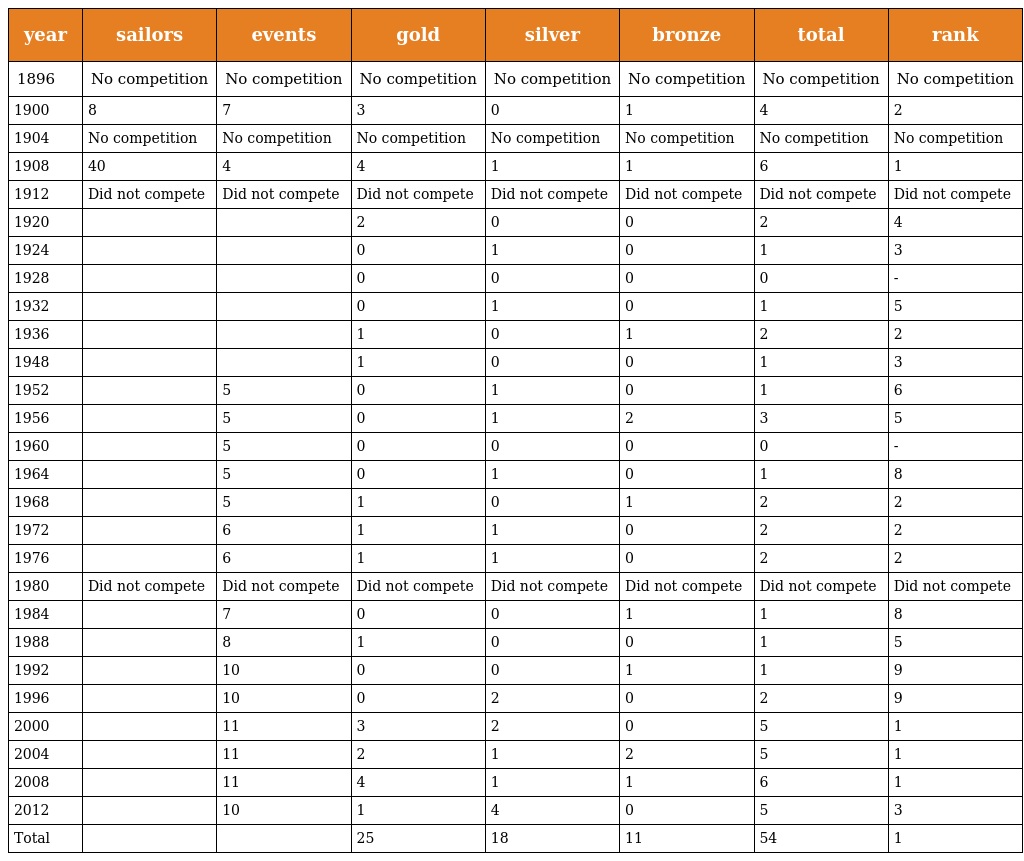
| year | sailors | events | gold | silver | bronze | total | rank |
 | --- | --- | --- | --- | --- | --- | --- | --- |
 | 1896 | No competition | No competition | No competition | No competition | No competition | No competition | No competition |
 | 1900 | 8 | 7 | 3 | 0 | 1 | 4 | 2 |
 | 1904 | No competition | No competition | No competition | No competition | No competition | No competition | No competition |
 | 1908 | 40 | 4 | 4 | 1 | 1 | 6 | 1 |
 | 1912 | Did not compete | Did not compete | Did not compete | Did not compete | Did not compete | Did not compete | Did not compete |
 | 1920 |  |  | 2 | 0 | 0 | 2 | 4 |
 | 1924 |  |  | 0 | 1 | 0 | 1 | 3 |
 | 1928 |  |  | 0 | 0 | 0 | 0 | - |
 | 1932 |  |  | 0 | 1 | 0 | 1 | 5 |
 | 1936 |  |  | 1 | 0 | 1 | 2 | 2 |
 | 1948 |  |  | 1 | 0 | 0 | 1 | 3 |
 | 1952 |  | 5 | 0 | 1 | 0 | 1 | 6 |
 | 1956 |  | 5 | 0 | 1 | 2 | 3 | 5 |
 | 1960 |  | 5 | 0 | 0 | 0 | 0 | - |
 | 1964 |  | 5 | 0 | 1 | 0 | 1 | 8 |
 | 1968 |  | 5 | 1 | 0 | 1 | 2 | 2 |
 | 1972 |  | 6 | 1 | 1 | 0 | 2 | 2 |
 | 1976 |  | 6 | 1 | 1 | 0 | 2 | 2 |
 | 1980 | Did not compete | Did not compete | Did not compete | Did not compete | Did not compete | Did not compete | Did not compete |
 | 1984 |  | 7 | 0 | 0 | 1 | 1 | 8 |
 | 1988 |  | 8 | 1 | 0 | 0 | 1 | 5 |
 | 1992 |  | 10 | 0 | 0 | 1 | 1 | 9 |
 | 1996 |  | 10 | 0 | 2 | 0 | 2 | 9 |
 | 2000 |  | 11 | 3 | 2 | 0 | 5 | 1 |
 | 2004 |  | 11 | 2 | 1 | 2 | 5 | 1 |
 | 2008 |  | 11 | 4 | 1 | 1 | 6 | 1 |
 | 2012 |  | 10 | 1 | 4 | 0 | 5 | 3 |
 | Total |  |  | 25 | 18 | 11 | 54 | 1 |